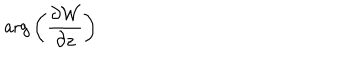
LaTeX: \mathrm { a r g } \left( { \frac { \partial { \cal W } } { \partial z } } \right)